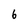
Character: 6